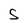
Character: S